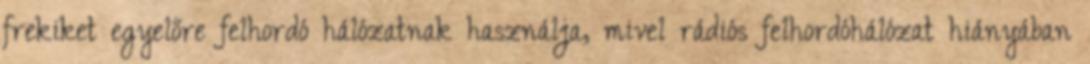
frekiket egyelőre felhordó hálózatnak használja, mivel rádiós felhordóhálózat hiányában